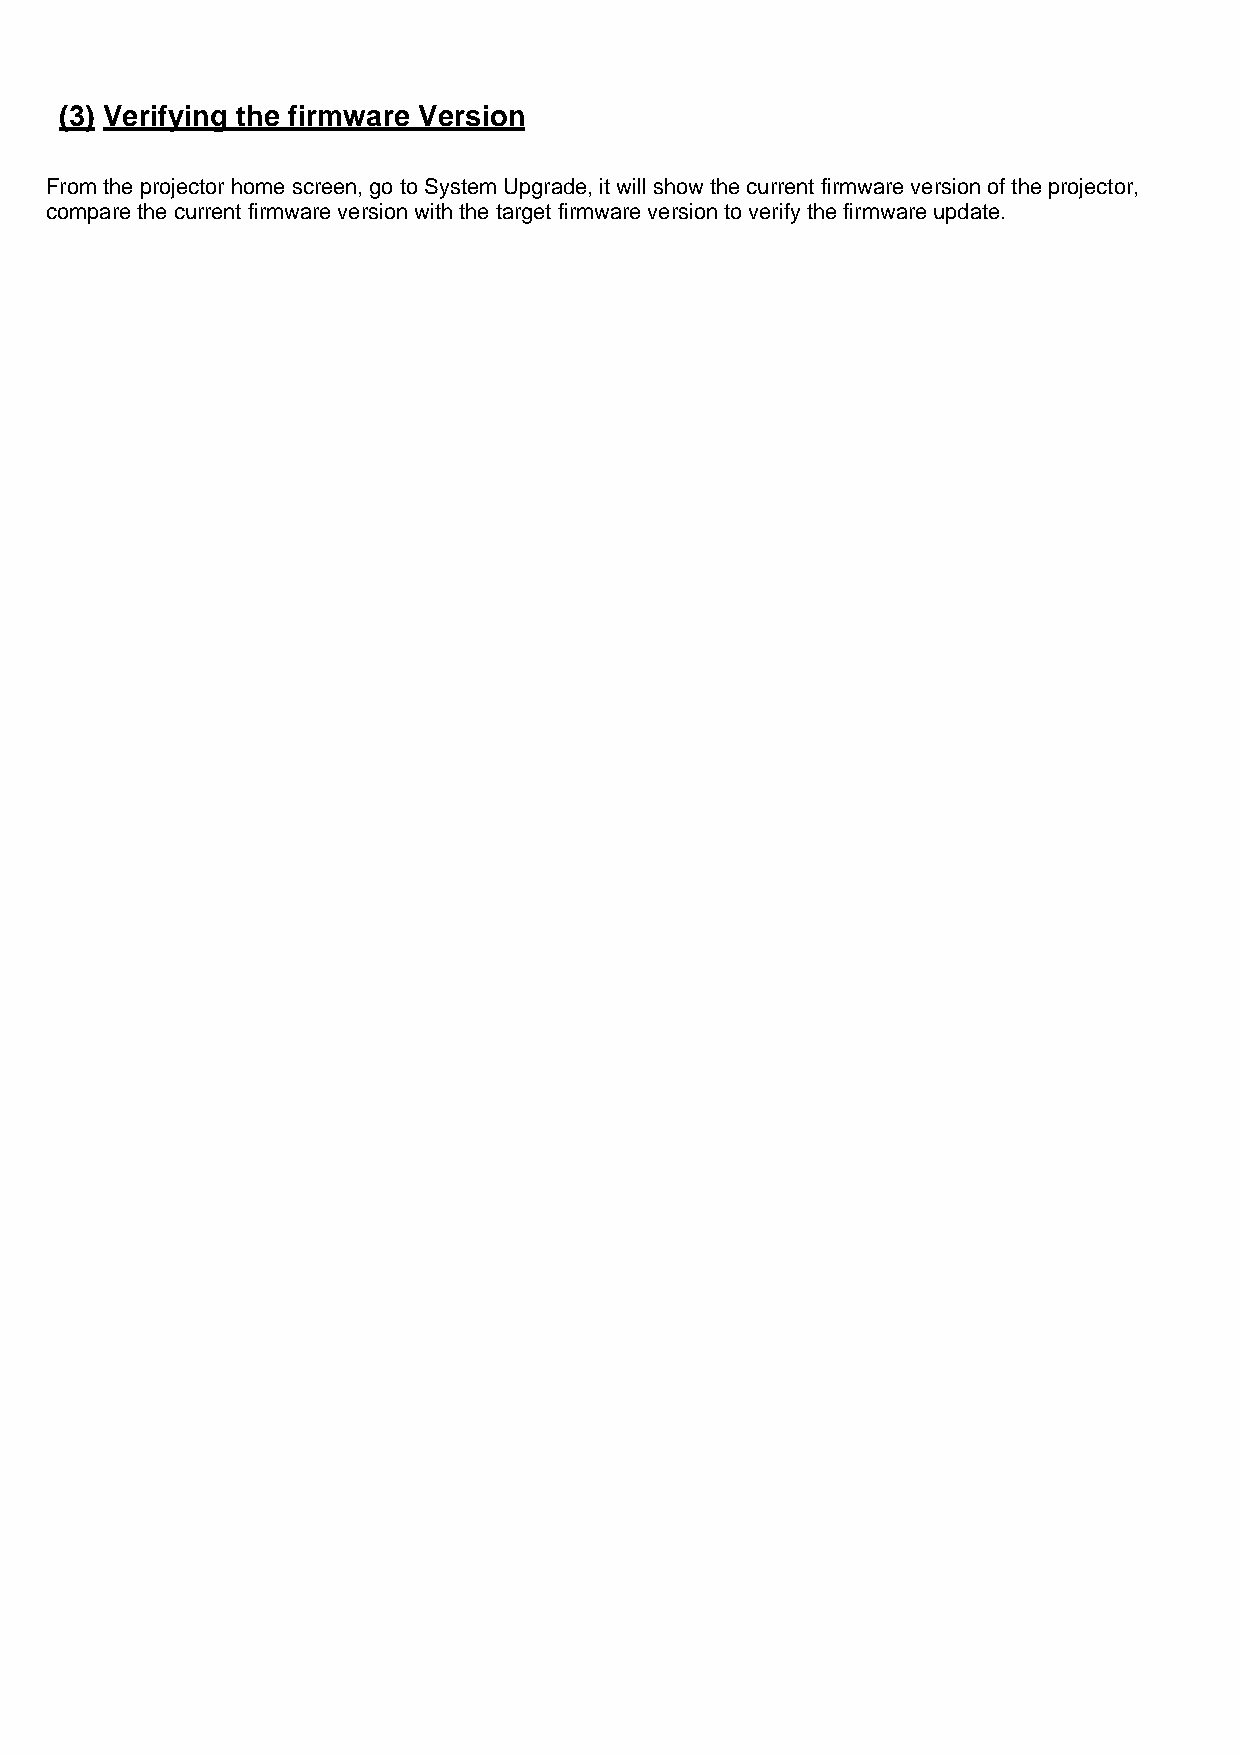
(3) Verifying the firmware Version
 From the projector home screen, go to System Upgrade, it will show the current firmware version of the projector,
 compare the current firmware version with the target firmware version to verify the firmware update.